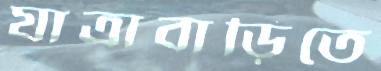
যাত্রাবাড়িতে